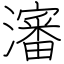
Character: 瀋